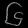
Digit: ၆